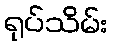
ရုပ်သိမ်း